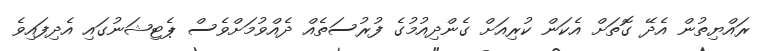
ރައްޔިތުން އެދޭ ގޮތަށް އެކަން ކުރިއަށް ގެންދިއުމުގެ ފުރުސަތެއް ދެެއްވުމަށްވެސް ޕެޓިޝަނުގައި އެދިފައިވެ